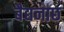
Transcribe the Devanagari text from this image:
बैद्यनाछ